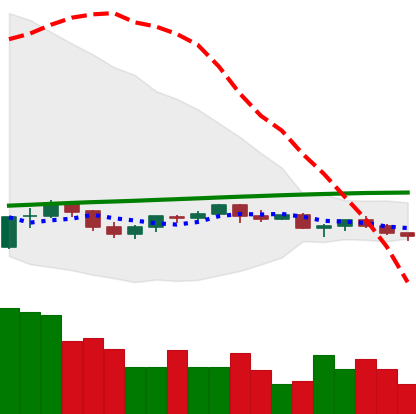
Ticker: TRX-USD
Chart end date: 2021-06-12
Forward return: 8.372%
Label: up_7plus